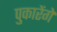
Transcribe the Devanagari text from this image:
पुकारेंगे